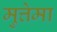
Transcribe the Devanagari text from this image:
मुत्तेमा